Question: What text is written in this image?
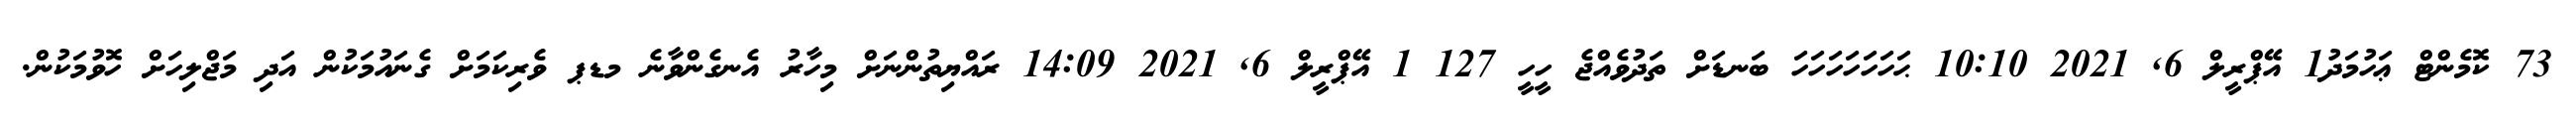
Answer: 73 ކޮމެންޓް ޢަހުމަދު1 އޭޕްރީލް 6, 2021 10:10 ޙަހަހަހަހަހަހަ ބަނޑަށް ތަދުވެއްޖެ ހީހީ 127 1 އޭޕްރީލް 6, 2021 14:09 ރައްޔިތުންނަށް މިހާރު އެނގެންވާނެ މޑޕ ވެރިކަމަށް ގެނައުމަކުން އަދި މަޖްލިހަށް ހޮވުމަކުން.